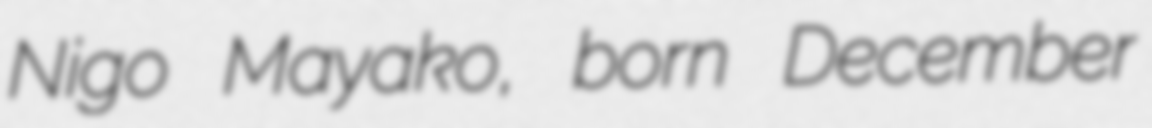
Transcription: Nigo Mayako, born December